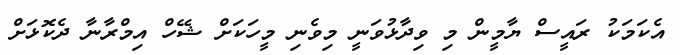
އެކަމަކު ރައީސް ޔާމީން މި ވިދާޅުވަނީ މިވެނި މީހަަކަށް ޝޭހް އިމްރާނާ ދެކޮޅަށް